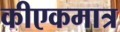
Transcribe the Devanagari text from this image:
कीएकमात्र